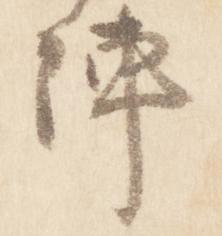
陣